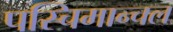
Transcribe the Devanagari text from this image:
पस्चिमान्चल